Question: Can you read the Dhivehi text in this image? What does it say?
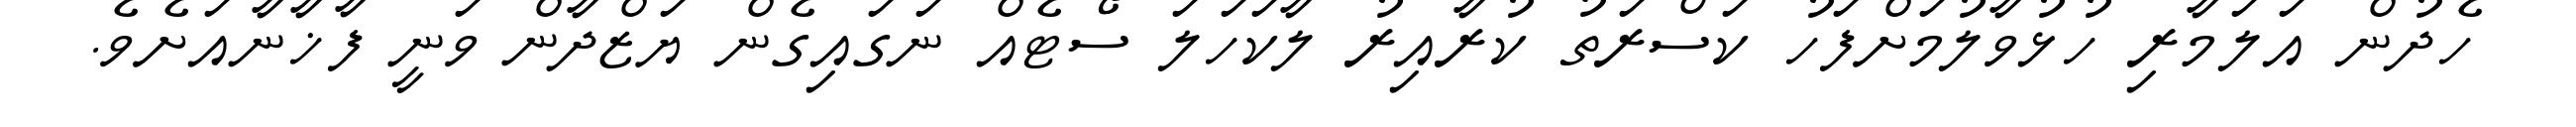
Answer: ހެދުން އަލަމާރި ހުޅުވާލުމަށްފަހު ކަސްރަތު ކުރާއިރު ލާކަހަލަ ސޯޓެއް ނަގައިގެން ޔަޒްދާން ވަނީ ފާޚާނާއަށެވެ.